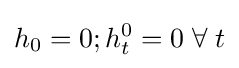
h_{0}=0;h_{t}^{0}=0\;\forall \;t